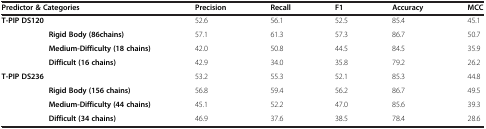
| <COLSPAN=2> Predictor & Categories | Precision | Recall | F1 | Accuracy | MCC |
 | --- | --- | --- | --- | --- | --- | --- |
 | <COLSPAN=2> T-PIP DS120 | 52.6 | 56.1 | 52.5 | 85.4 | 45.1 |
 |  | Rigid Body (86chains) | 57.1 | 61.3 | 57.3 | 86.7 | 50.7 |
 |  | Medium-Difficulty (18 chains) | 42.0 | 50.8 | 44.5 | 84.5 | 35.9 |
 |  | Difficult (16 chains) | 42.9 | 34.0 | 35.8 | 79.2 | 26.2 |
 | <COLSPAN=2> T-PIP DS236 | 53.2 | 55.3 | 52.1 | 85.3 | 44.8 |
 |  | Rigid Body (156 chains) | 56.8 | 59.4 | 56.2 | 86.7 | 49.5 |
 |  | Medium-Difficulty (44 chains) | 45.1 | 52.2 | 47.0 | 85.6 | 39.3 |
 |  | Difficult (34 chains) | 46.9 | 37.6 | 38.5 | 78.4 | 28.6 |